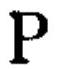
\(P\)